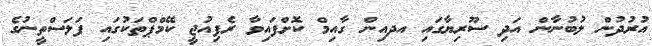
އުރުދުން ލުބުނާން އަދި ސޫރިޔާގައި އދއިން ގާއިމް ކޮށްފައިވާ ރެފިއުޖީ ކޭމްޕްތަކުގައި ފަލަސްތީނުގެ